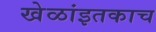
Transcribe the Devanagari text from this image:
खेळांइतकाच